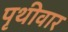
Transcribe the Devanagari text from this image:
पृथीवार